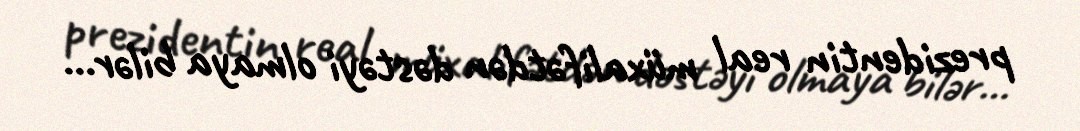
prezidentin real müxalifətdən dəstəyi olmaya bilər...